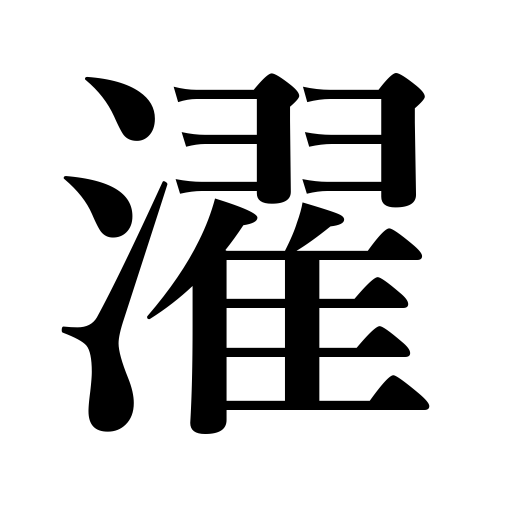
Meanings: pour on,rinse,wash